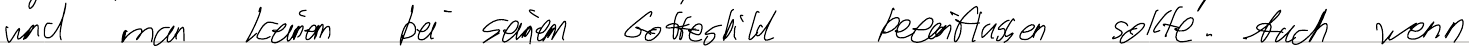
und man keinem bei seinem Gottesbild beeinflussen sollte. Auch wenn